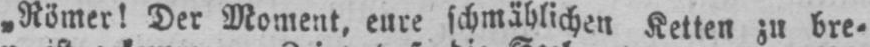
„Römer! Der Moment, eure schmählichen Ketten zu bre⸗